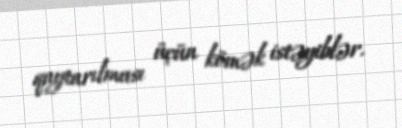
qaytarılması üçün kömək istəyiblər.